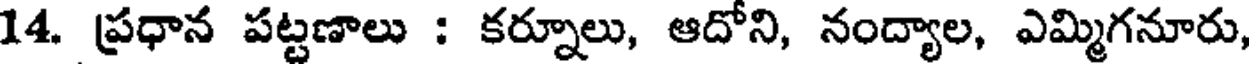
14. ప్రధాన పట్టణాలు : కర్నూలు, ఆదోని, నంద్యాల, ఎమ్మిగనూరు,